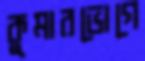
কুমারভোগে